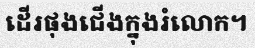
ដើរផុងជើងក្នុងរំលោក។